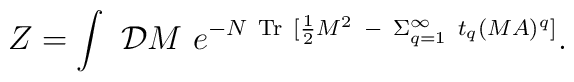
Z=\int~{\cal D}M~e^{-N\ {\rm Tr}~[ {1\over 2} M^2~ -{}~\Sigma_{q=1}^{\infty}~t_q (M A)^q ]}.